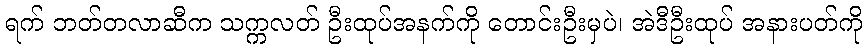
ရက် ဘတ်တလာဆီက သက္ကလတ် ဦးထုပ်အနက်ကို တောင်းဦးမှပဲ၊ အဲဒီဦးထုပ် အနားပတ်ကို